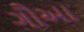
ગૌઆ